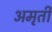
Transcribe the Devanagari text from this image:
अमृती